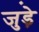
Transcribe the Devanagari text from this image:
जुड़े़